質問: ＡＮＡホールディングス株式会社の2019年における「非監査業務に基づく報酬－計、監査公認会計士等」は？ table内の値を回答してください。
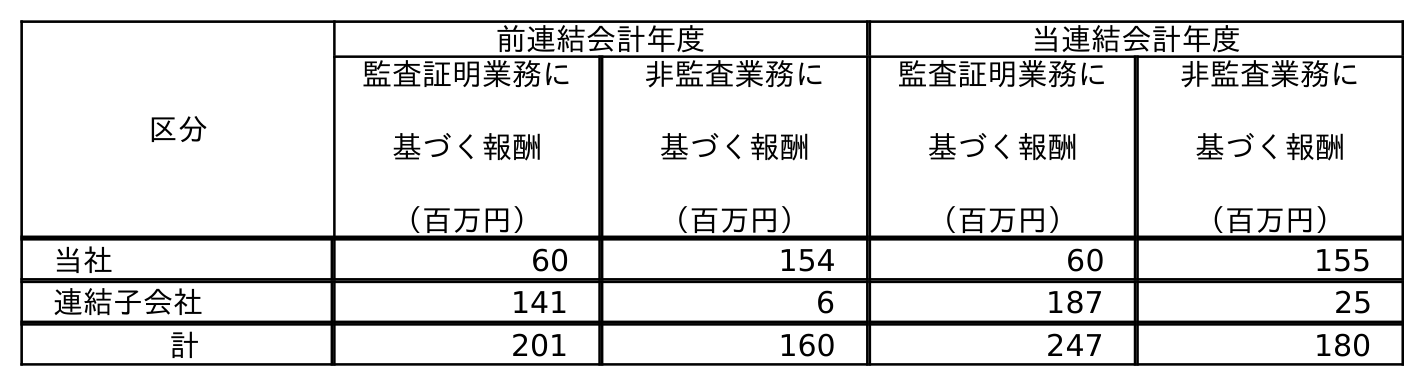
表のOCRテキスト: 区分 前連結会計年度 当連結会計年度 監査証明業務に 基づく報酬 （百万円） 非監査業務に 基づく報酬 （百万円） 監査証明業務に 基づく報酬 （百万円） 非監査業務に 基づく報酬 （百万円） 当社 60 154 60 155 連結子会社 141 6 187 25 計 201 160 247 180
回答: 160